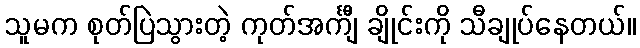
သူမက စုတ်ပြဲသွားတဲ့ ကုတ်အင်္ကျီ ချိုင်းကို သီချုပ်နေတယ်။